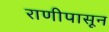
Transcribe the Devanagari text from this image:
राणीपासून